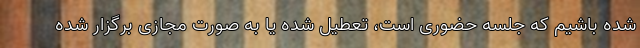
شده باشیم که جلسه حضوری است، تعطیل شده یا به صورت مجازی برگزار شده